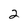
Character: 2